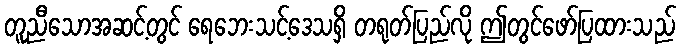
တူညီသောအဆင့်တွင် ရေဘေးသင့်ဒေသရှိ တရုတ်ပြည်လို ဤတွင်ဖော်ပြထားသည်